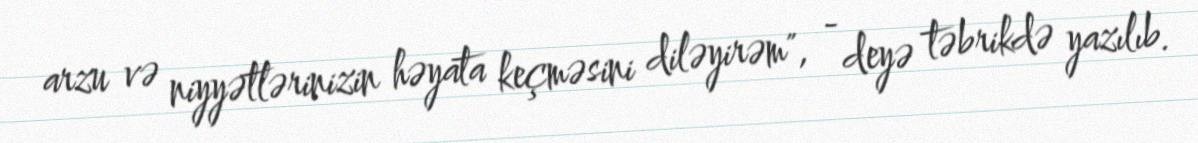
arzu və niyyətlərinizin həyata keçməsini diləyirəm", - deyə təbrikdə yazılıb.